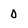
Character: D